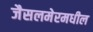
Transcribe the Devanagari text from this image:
जैसलमेरमधील